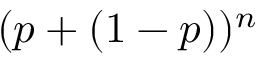
( p + ( 1 - p ) ) ^ { n }